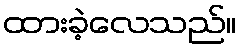
ထားခဲ့လေသည်။